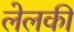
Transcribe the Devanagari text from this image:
लेलकी